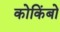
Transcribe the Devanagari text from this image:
कोकिंबो